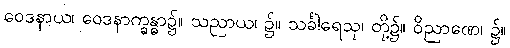
ဝေဒနာယ၊ ဝေဒနာက္ခန္ဓာ၌။ သညာယ၊ ၌။ သင်္ခါရေသု၊ တို့၌။ ဝိညာဏေ၊ ၌။